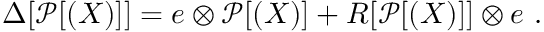
\Delta [ \mathcal { P } [ ( X ) ] ] = e \otimes \mathcal { P } [ ( X ) ] + R [ \mathcal { P } [ ( X ) ] ] \otimes e ~ .